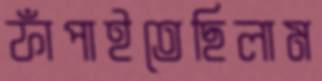
ফাঁপাইতেছিলাম